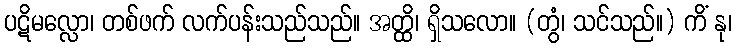
ပဋိမလ္လော၊ တစ်ဖက် လက်ပန်းသည်သည်။ အတ္ထိ၊ ရှိသလော။ (တွံ၊ သင်သည်။) ကိံ နု၊